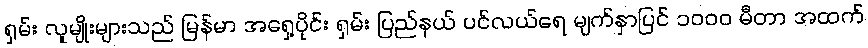
ရှမ်း လူမျိုးများသည် မြန်မာ အရှေ့ပိုင်း ရှမ်း ပြည်နယ် ပင်လယ်ရေ မျက်နှာပြင် ၁၀၀၀ မီတာ အထက်